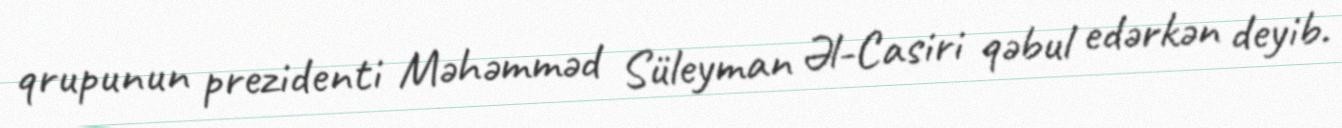
qrupunun prezidenti Məhəmməd Süleyman Əl-Casiri qəbul edərkən deyib.